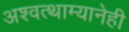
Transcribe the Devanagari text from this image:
अश्वत्थाम्यानेही